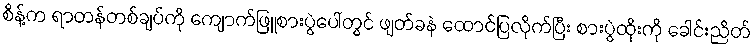
စိန့်က ရာတန်တစ်ချပ်ကို ကျောက်ဖြူစားပွဲပေါ်တွင် ဖျတ်ခနဲ ထောင်ပြလိုက်ပြီး စားပွဲထိုးကို ခေါင်းညိတ်